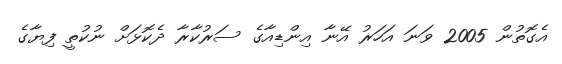
އެގޮތުން 2005 ވަނަ އަހަރު އޭނާ އިންޑިއާގެ ސަރުކާރާ ދެކޮޅަށް ނުކުތީ ފިޔާގެ